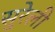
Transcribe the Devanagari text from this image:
सुरेली